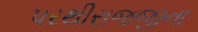
પરથીરાજજીના